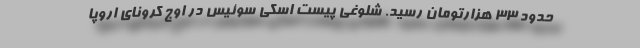
حدود ۳۳ هزارتومان رسید. شلوغی پیست اسکی سوئیس در اوج کرونای اروپا